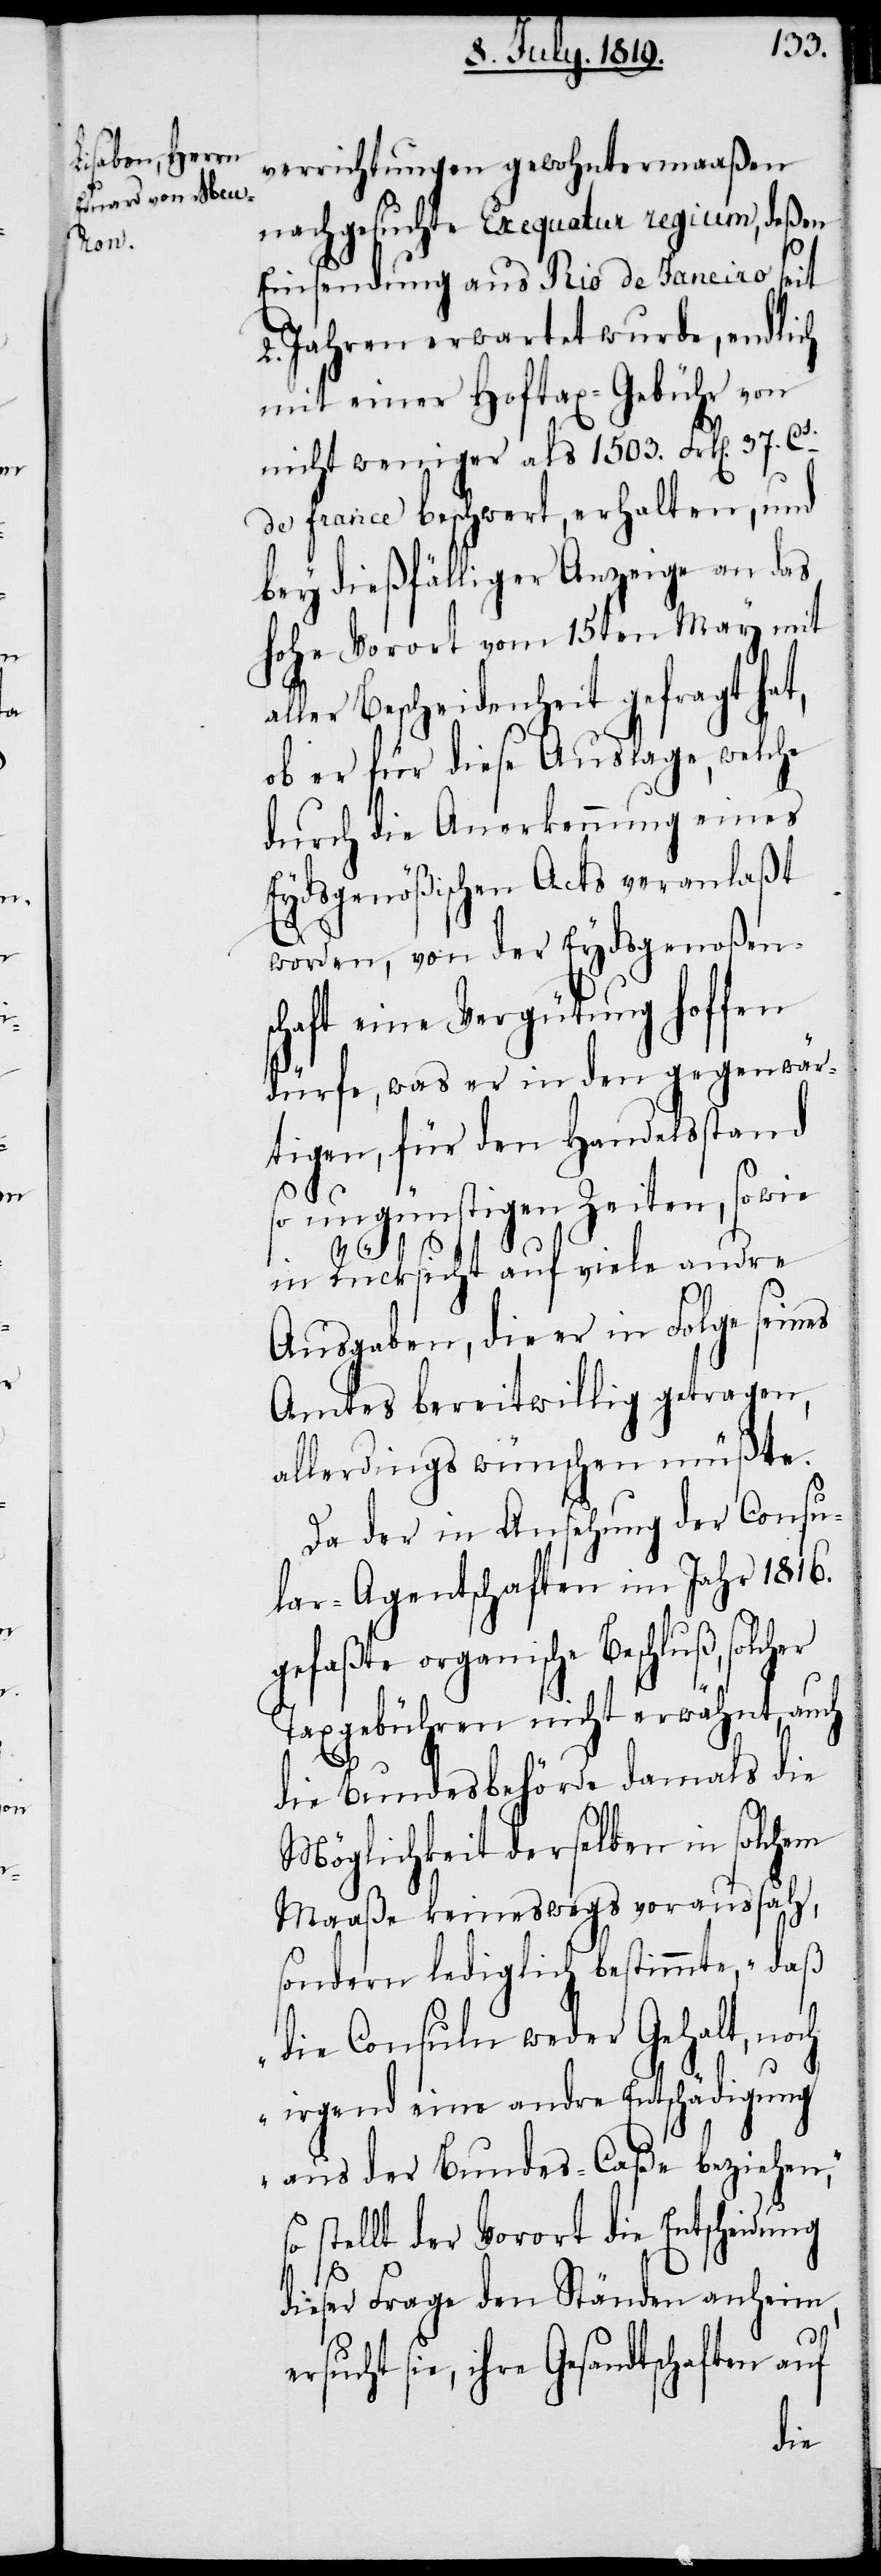
verrichtungen gewohntermaaßen
nachgesuchte Exequatur regium, deßen
Einsendung aus Rio de Janeiro seit
2. Jahren erwartet wurde, endlich
mit einer Hoftax-Gebühr von
nicht weniger als 1503. Frk[en]. 37. Ct.
de france beschwert, erhalten, und
bey dießfälliger Anzeige an das
hohe Vorort vom 15ten May mit
ller Bescheidenheit gefragt hat,
ob er für diese Auslage, welche
durch die Anerkennung eines
Eydsgenößischen Acts veranlaßt
worden, von der Eydsgenoßens¬
chaft eine Vergütung hoffen
dürfe, was er in den gegenwär¬
tigen, für den Handelsstand
so ungünstigen Zeiten, sowie
her
in Rücksicht auf viele andre
Ausgaben, die er in Folge seines
Amtes bereitwillig getragen,
allerdings wünschen müßte.
Da der in Ansehung der Consu¬
lar-Agentschaften im Jahr 1816.
gefaßte organische Beschluß, solc¬
Taxgebühren nicht erwähnt, auch
die Bundesbehörde damals die
Möglichkeit derselben in solchem
Maaße keineswegs voraussah,
sondern lediglich bestimmte, „daß
die Consuln weder Gehalt, noch
irgend eine andre Entschädigung
aus der Bundes-Caßa beziehen“,
stellt der Vorort die Entscheidung
a¬
dieser Frage den Ständen anheim,
sie, ihre Gesandtschaften auf